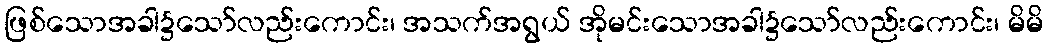
ဖြစ်သောအခါ၌သော်လည်းကောင်း၊ အသက်အရွယ် အိုမင်းသောအခါ၌သော်လည်းကောင်း၊ မိမိ